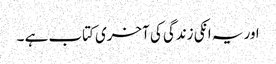
اور یہ انکی زندگی کی آخری کتاب ہے ۔